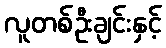
လူတစ်ဦးချင်းနှင့်